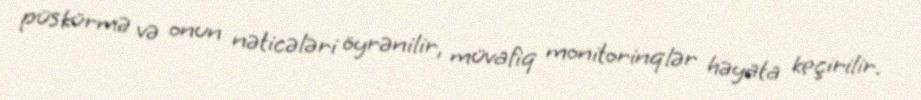
püskürmə və onun nəticələri öyrənilir, müvafiq monitorinqlər həyata keçirilir.